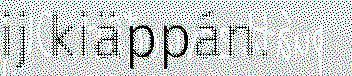
ij kiäppán.